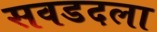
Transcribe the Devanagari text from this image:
सवडदला